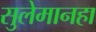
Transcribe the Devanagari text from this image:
सुलेमानहा